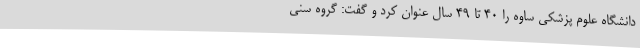
دانشگاه علوم پزشکی ساوه را 40 تا 49 سال عنوان کرد و گفت: گروه سنی